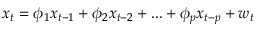
x _ { t } = \phi _ { 1 } x _ { t - 1 } + \phi _ { 2 } x _ { t - 2 } + . . . + \phi _ { p } x _ { t - p } + w _ { t }